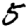
Digit: 5